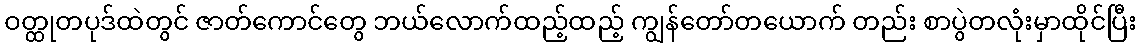
ဝတ္ထုတပုဒ်ထဲတွင် ဇာတ်ကောင်တွေ ဘယ်လောက်ထည့်ထည့် ကျွန်တော်တယောက် တည်း စာပွဲတလုံးမှာထိုင်ပြီး